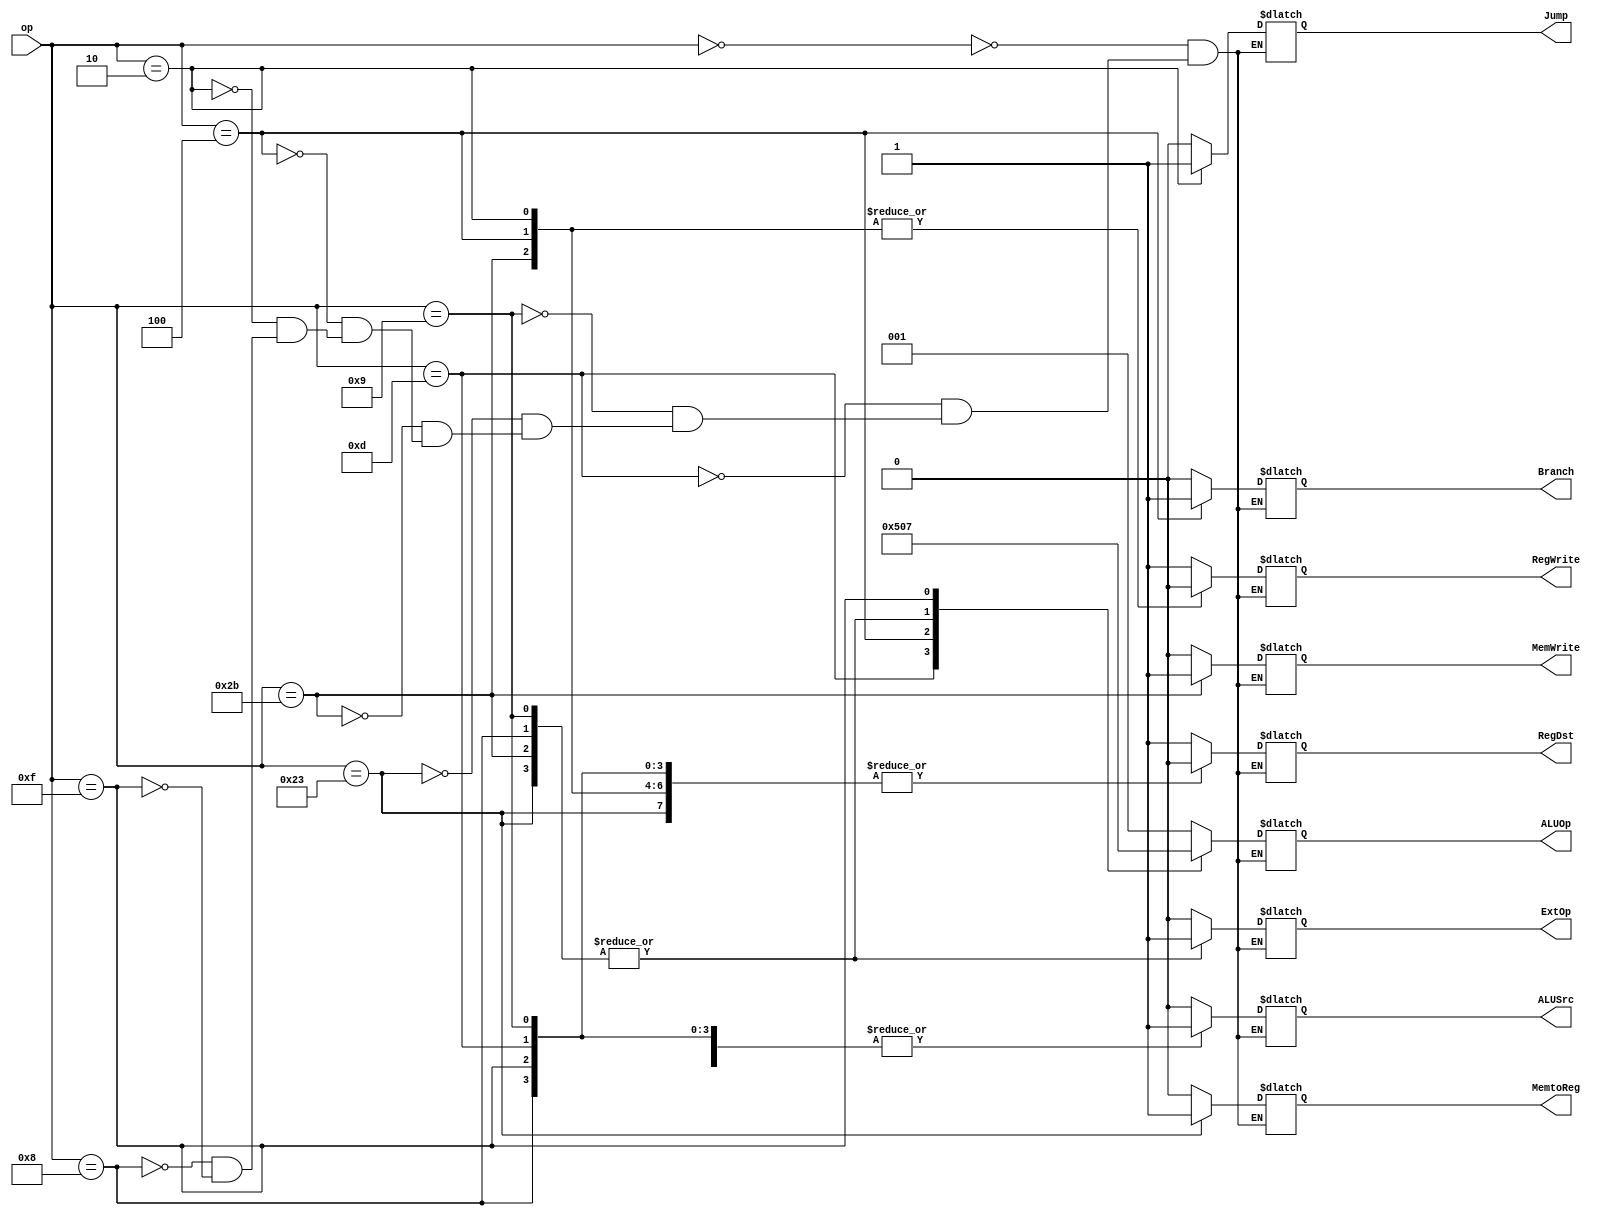
`timescale 1ns / 1ps
//////////////////////////////////////////////////////////////////////////////////
// Company: 
// Engineer: 
// 
// Design Name: 
// Module Name: control
// Project Name: 
// Target Devices: 
// Tool Versions: 
// Description: 
// 
// Dependencies: 
// 
// Revision:
// Revision 0.01 - File Created
// Additional Comments:
// 
//////////////////////////////////////////////////////////////////////////////////

module control(op,RegDst,Jump,Branch,MemtoReg,ALUOp,MemWrite,ALUSrc,RegWrite,ExtOp);
    input [5:0] op;//PC high 6bit
    output reg Branch;
    output reg Jump;
    output reg RegDst;      //rd or rt
    output reg ALUSrc;      //(reg file read data) or (immediate data exten) to (ALU B)
    output reg [2:0] ALUOp; //ALU operation
    output reg MemtoReg;    //(dm read data) or (alu data) to (reg file write)
    output reg RegWrite;    //reg file write enable
    output reg MemWrite;    //dm write enable
    output reg ExtOp;       //extend Operation

    //ALUOp 001(R-type) 010(ori) 000(addu,addiu,lw,sw) 100(beq) 111(lui)
    always @(*) begin
        case (op)
        6'b000000  : begin//R-type
            Branch  = 0;
            Jump    = 0;
            RegDst  = 1;      
            ALUSrc  = 0;      
            ALUOp   = 3'b001;
            MemtoReg= 0;    
            RegWrite= 1; 
            MemWrite= 0;
            ExtOp   = 0;
        end

        6'b001101  : begin//ori
            Branch  = 0;
            Jump    = 0;
            RegDst  = 0;      
            ALUSrc  = 1;      
            ALUOp   = 3'b010;
            MemtoReg= 0;    
            RegWrite= 1; 
            MemWrite= 0;
            ExtOp   = 0;   
        end

        6'b001001  : begin//addiu
            Branch  = 0;
            Jump    = 0;
            RegDst  = 0;      
            ALUSrc  = 1;      
            ALUOp   = 3'b000;
            MemtoReg= 0;    
            RegWrite= 1; 
            MemWrite= 0; 
            ExtOp   = 1;  
        end

        6'b100011  : begin//lw
            Branch  = 0;
            Jump    = 0;
            RegDst  = 0;      
            ALUSrc  = 1;      
            ALUOp   = 3'b000;
            MemtoReg= 1;    
            RegWrite= 1; 
            MemWrite= 0; 
            ExtOp   = 1;  
        end

        6'b101011  : begin//sw
            Branch  = 0;
            Jump    = 0;
            RegDst  = 0;      
            ALUSrc  = 1;      
            ALUOp   = 3'b000;
            MemtoReg= 0;    
            RegWrite= 0; 
            MemWrite= 1; 
            ExtOp   = 1;  
        end

        6'b000100  : begin//beq
            Branch  = 1;
            Jump    = 0;
            RegDst  = 0;      
            ALUSrc  = 0;      
            ALUOp   = 3'b100;
            MemtoReg= 0;    
            RegWrite= 0; 
            MemWrite= 0; 
            ExtOp   = 0;  
        end

        6'b000010  : begin//jump
            Branch  = 0;
            Jump    = 1;
            RegDst  = 0;      
            ALUSrc  = 0;      
            ALUOp   = 3'bxxx;
            MemtoReg= 0;    
            RegWrite= 0; 
            MemWrite= 0; 
            ExtOp   = 0;  
        end

        6'b001000  : begin//addi
            Branch  = 0;
            Jump    = 0;
            RegDst  = 0;      
            ALUSrc  = 1;      
            ALUOp   = 3'b000;
            MemtoReg= 0;    
            RegWrite= 1; 
            MemWrite= 0; 
            ExtOp   = 1;  
        end

        6'b001111  : begin//lui
            Branch  = 0;
            Jump    = 0;
            RegDst  = 0;      
            ALUSrc  = 1;      
            ALUOp   = 3'b111;
            MemtoReg= 0;    
            RegWrite= 1; 
            MemWrite= 0; 
            ExtOp   = 0;  
        end

        endcase
    end
endmodule